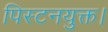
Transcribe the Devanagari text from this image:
पिस्टनयुक्त।